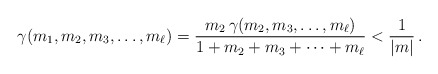
\begin{align*}\gamma(m_{1},m_{2},m_{3},\ldots,m_{\ell})=\frac{m_{2}\,\gamma(m_{2},m_{3},\ldots,m_{\ell})}{1+m_{2}+m_{3}+\cdots+m_{\ell}}<\frac{1}{|m|}\,.\end{align*}